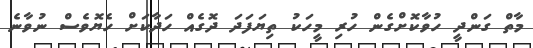
މާތް ގަންދީ ހުވާކޮށްގެން ހުރި މީހަކު ތިޔަފަދަ ދޮގެއް ހަދާކަށް ހެޔޮވެސް ނުވާނެ